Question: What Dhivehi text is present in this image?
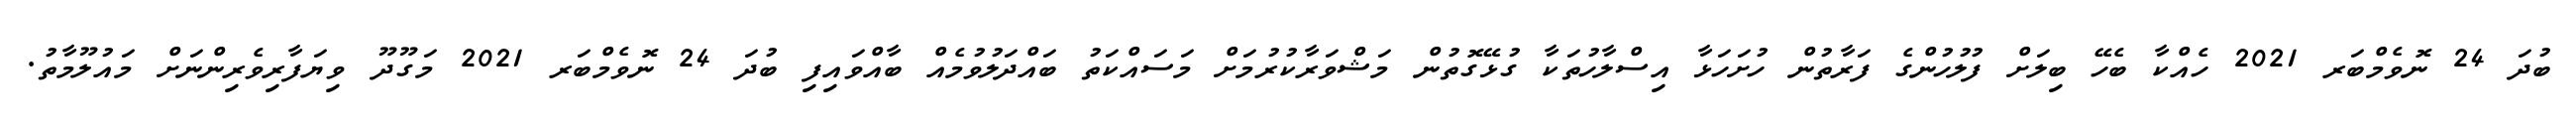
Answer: ބުދަ 24 ނޮވެމްބަރ 2021 ހެއްކާ ބެހޭ ބިލަށް ފުލުހުންގެ ފަރާތުން ހުށަހަޅާ އިސްލާހުތަކާ ގުޅޭގޮތުން މަޝްވަރާކުރުމަށް މަސައްކަތު ބައްދަލުވުމެއް ބާއްވައިފި ބުދަ 24 ނޮވެމްބަރ 2021 މަގޫދޫ ވިޔަފާރިވެރިންނަށް މައުލޫމާތު.